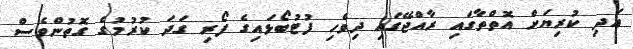
އަދި ކުރިޔަށް އޮތްތާގައި ރާއްޖޭގައި ދިވެހި ފުޓުބޯޅައިގެ ފޯރި ގަދަ ކުރުމުގެ ގޮތުންވެސް